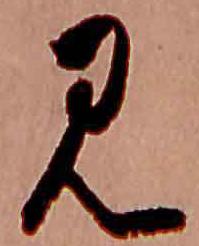
み